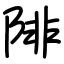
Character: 陫